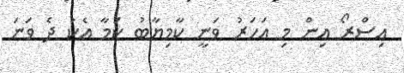
އިސްރޯ އިން މި އަހަރު ވަނީ ކާމިޔާބު ކަމާ އެކު ދެ ވަނަ